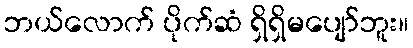
ဘယ်လောက် ပိုက်ဆံ ရှိရှိမပျော်ဘူး။